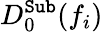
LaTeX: D_{0}^{\texttt{Sub}}(f_{i})